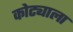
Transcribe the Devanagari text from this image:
कोट्याला